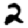
Digit: 2